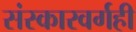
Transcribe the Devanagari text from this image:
संस्कारवर्गही